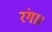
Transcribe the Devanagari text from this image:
रंगा।